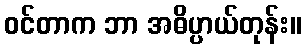
ဝင်တာက ဘာ အဓိပ္ပာယ်တုန်း။